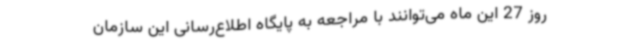
روز 27 این ماه می‌توانند با مراجعه به پایگاه اطلاع‌رسانی این سازمان